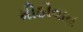
મીઠીવાવ